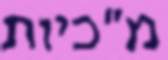
מ"כיות